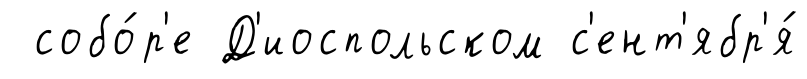
собо́р'е Д'иоспольском с'ент'ябр'я́